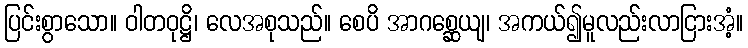
ပြင်းစွာသော။ ဝါတဝုဋ္ဌိ၊ လေအစုသည်။ စေပိ အာဂစ္ဆေယျ၊ အကယ်၍မူလည်းလာငြားအံ့။